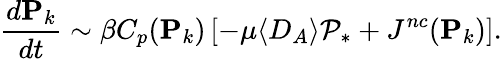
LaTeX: {\frac{d\mathbf{P}_{k}}{dt}}\sim\beta C_{p}(\mathbf{P}_{k})\left[-\mu\langle D_{A}\rangle\mathcal{P}_{*}+J^{nc}(\mathbf{P}_{k})\right].